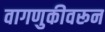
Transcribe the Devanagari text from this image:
वागणुकीवरून